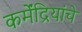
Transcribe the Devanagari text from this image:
कर्मेंद्रियांचे